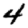
Digit: 4